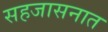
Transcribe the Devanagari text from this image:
सहजासनात